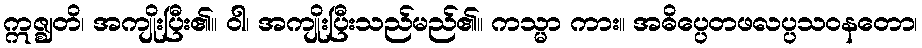
ဣဇ္ဈတိ၊ အကျိုးပြီး၏။ ဝါ၊ အကျိုးပြီးသည်မည်၏။ ကသ္မာ ကား။ အဓိပ္ပေတဖလပ္ပသဝနတော၊